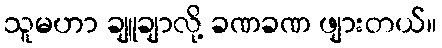
သူမဟာ ချူချာလို့ ခဏခဏ ဖျားတယ်။